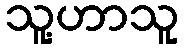
သူ့ဟာသူ